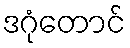
ဒဂုံတောင်